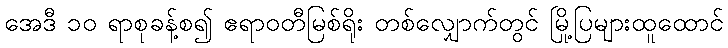
အေဒီ ၁၀ ရာစုခန့်စ၍ ဧရာဝတီမြစ်ရိုး တစ်လျှောက်တွင် မြို့ပြများထူထောင်